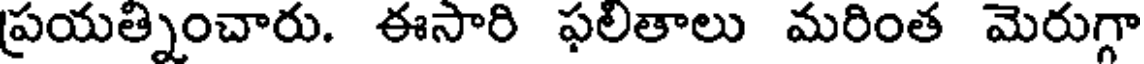
ప్రయత్నించారు. ఈసారి ఫలితాలు మరింత మెరుగ్గా